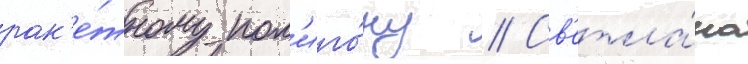
рак'е́тному пол'иго́ну // Св'етла́на